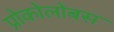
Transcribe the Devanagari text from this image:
प्रोकोलोबस